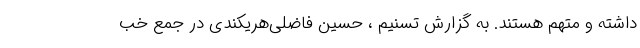
داشته و متهم هستند. به گزارش تسنیم ، حسین فاضلی‌هریکندی در جمع خب